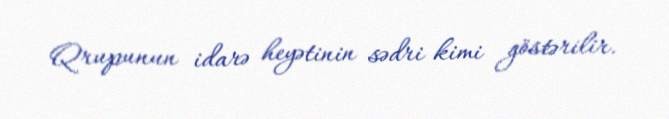
Qrupunun idarə heyətinin sədri kimi göstərilir.